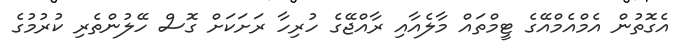
އެގޮތުން އެމްއެމްއޭގެ ޓީމްތައް މާލެއާއި ރާއްޖޭގެ ހުރިހާ ރަށަކަށް ގޮސް ހޭލުންތެރި ކުރުމުގެ